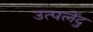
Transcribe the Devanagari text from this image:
उत्पलेंदु